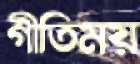
গীতিময়